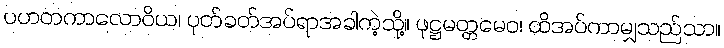
ပဟတကာလောဝိယ၊ ပုတ်ခတ်အပ်ရာအခါကဲ့သို့။ ဖုဋ္ဌမတ္တမေဝ၊ ထိအပ်ကာမျှသည်သာ။